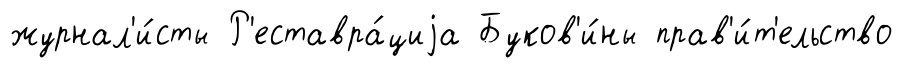
журнал'и́сты Р'еставра́циjа Буков'и́ны прав'и́т'ельство